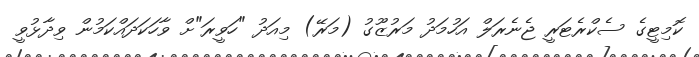
ކޮމިޓީގެ ސެކްރެޓަރީ ޖެނެރަލް އަހުމަދު މަރުޒޫގު (މަރޭ) މިއަދު "ހަވީރަ"ށް ވާހަކަދައްކަމުން ވިދާޅުވީ